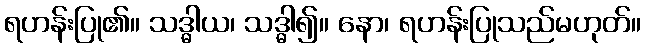
ရဟန်းပြု၏။ သဒ္ဓါယ၊ သဒ္ဓါ၍။ နော၊ ရဟန်းပြုသည်မဟုတ်။